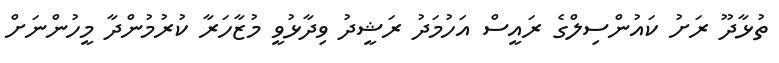
ތުޅާދޫ ރަށު ކައުންސިލްގެ ރައީސް އަހުމަދު ރަޝީދު ވިދާޅުވީ މުޒާހަރާ ކުރުމުންދާ މީހުންނަށް